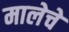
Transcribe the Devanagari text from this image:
मालेचे